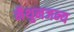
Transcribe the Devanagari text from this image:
मैथुनजन्य